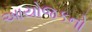
આયોજકનો